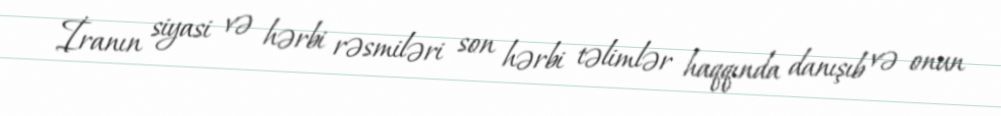
İranın siyasi və hərbi rəsmiləri son hərbi təlimlər haqqında danışıb və onun